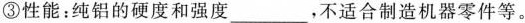
③性能：纯铝的硬度和强度___，不适合制造机器零件等。